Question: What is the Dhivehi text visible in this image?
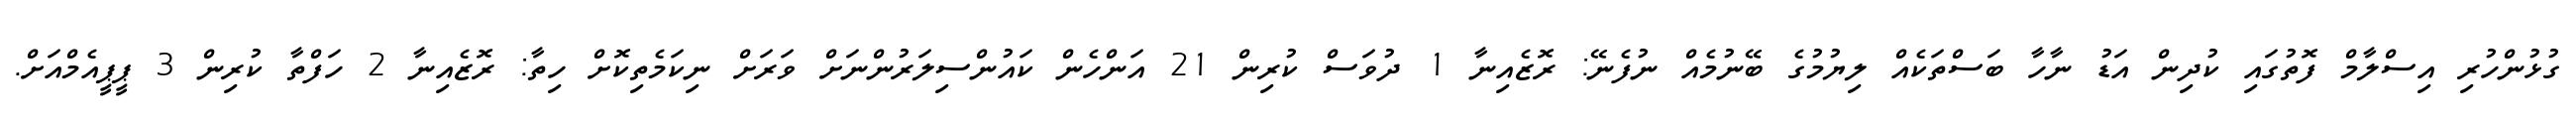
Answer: ގުޅުންހުރި އިސްލާމް ފޮތުގައި ކުދިން އަޑު ނާހާ ބަސްތަކެއް ލިޔުމުގެ ބޭނުމެއް ނުފެނޭ: ރޮޒެއިނާ 1 ދުވަސް ކުރިން 21 އަންހެން ކައުންސިލަރުންނަށް ވަރަށް ނިކަމެތިކޮށް ހިތާ: ރޮޒެއިނާ 2 ހަފްތާ ކުރިން 3 ޕީޕީއެމްއަށް.